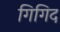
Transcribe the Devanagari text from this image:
गिगिद